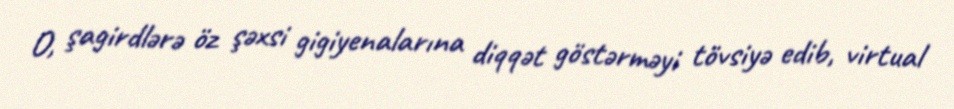
O, şagirdlərə öz şəxsi gigiyenalarına diqqət göstərməyi tövsiyə edib, virtual